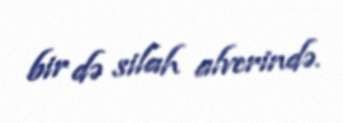
bir də silah alverində.